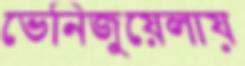
ভেনিজুয়েলায়